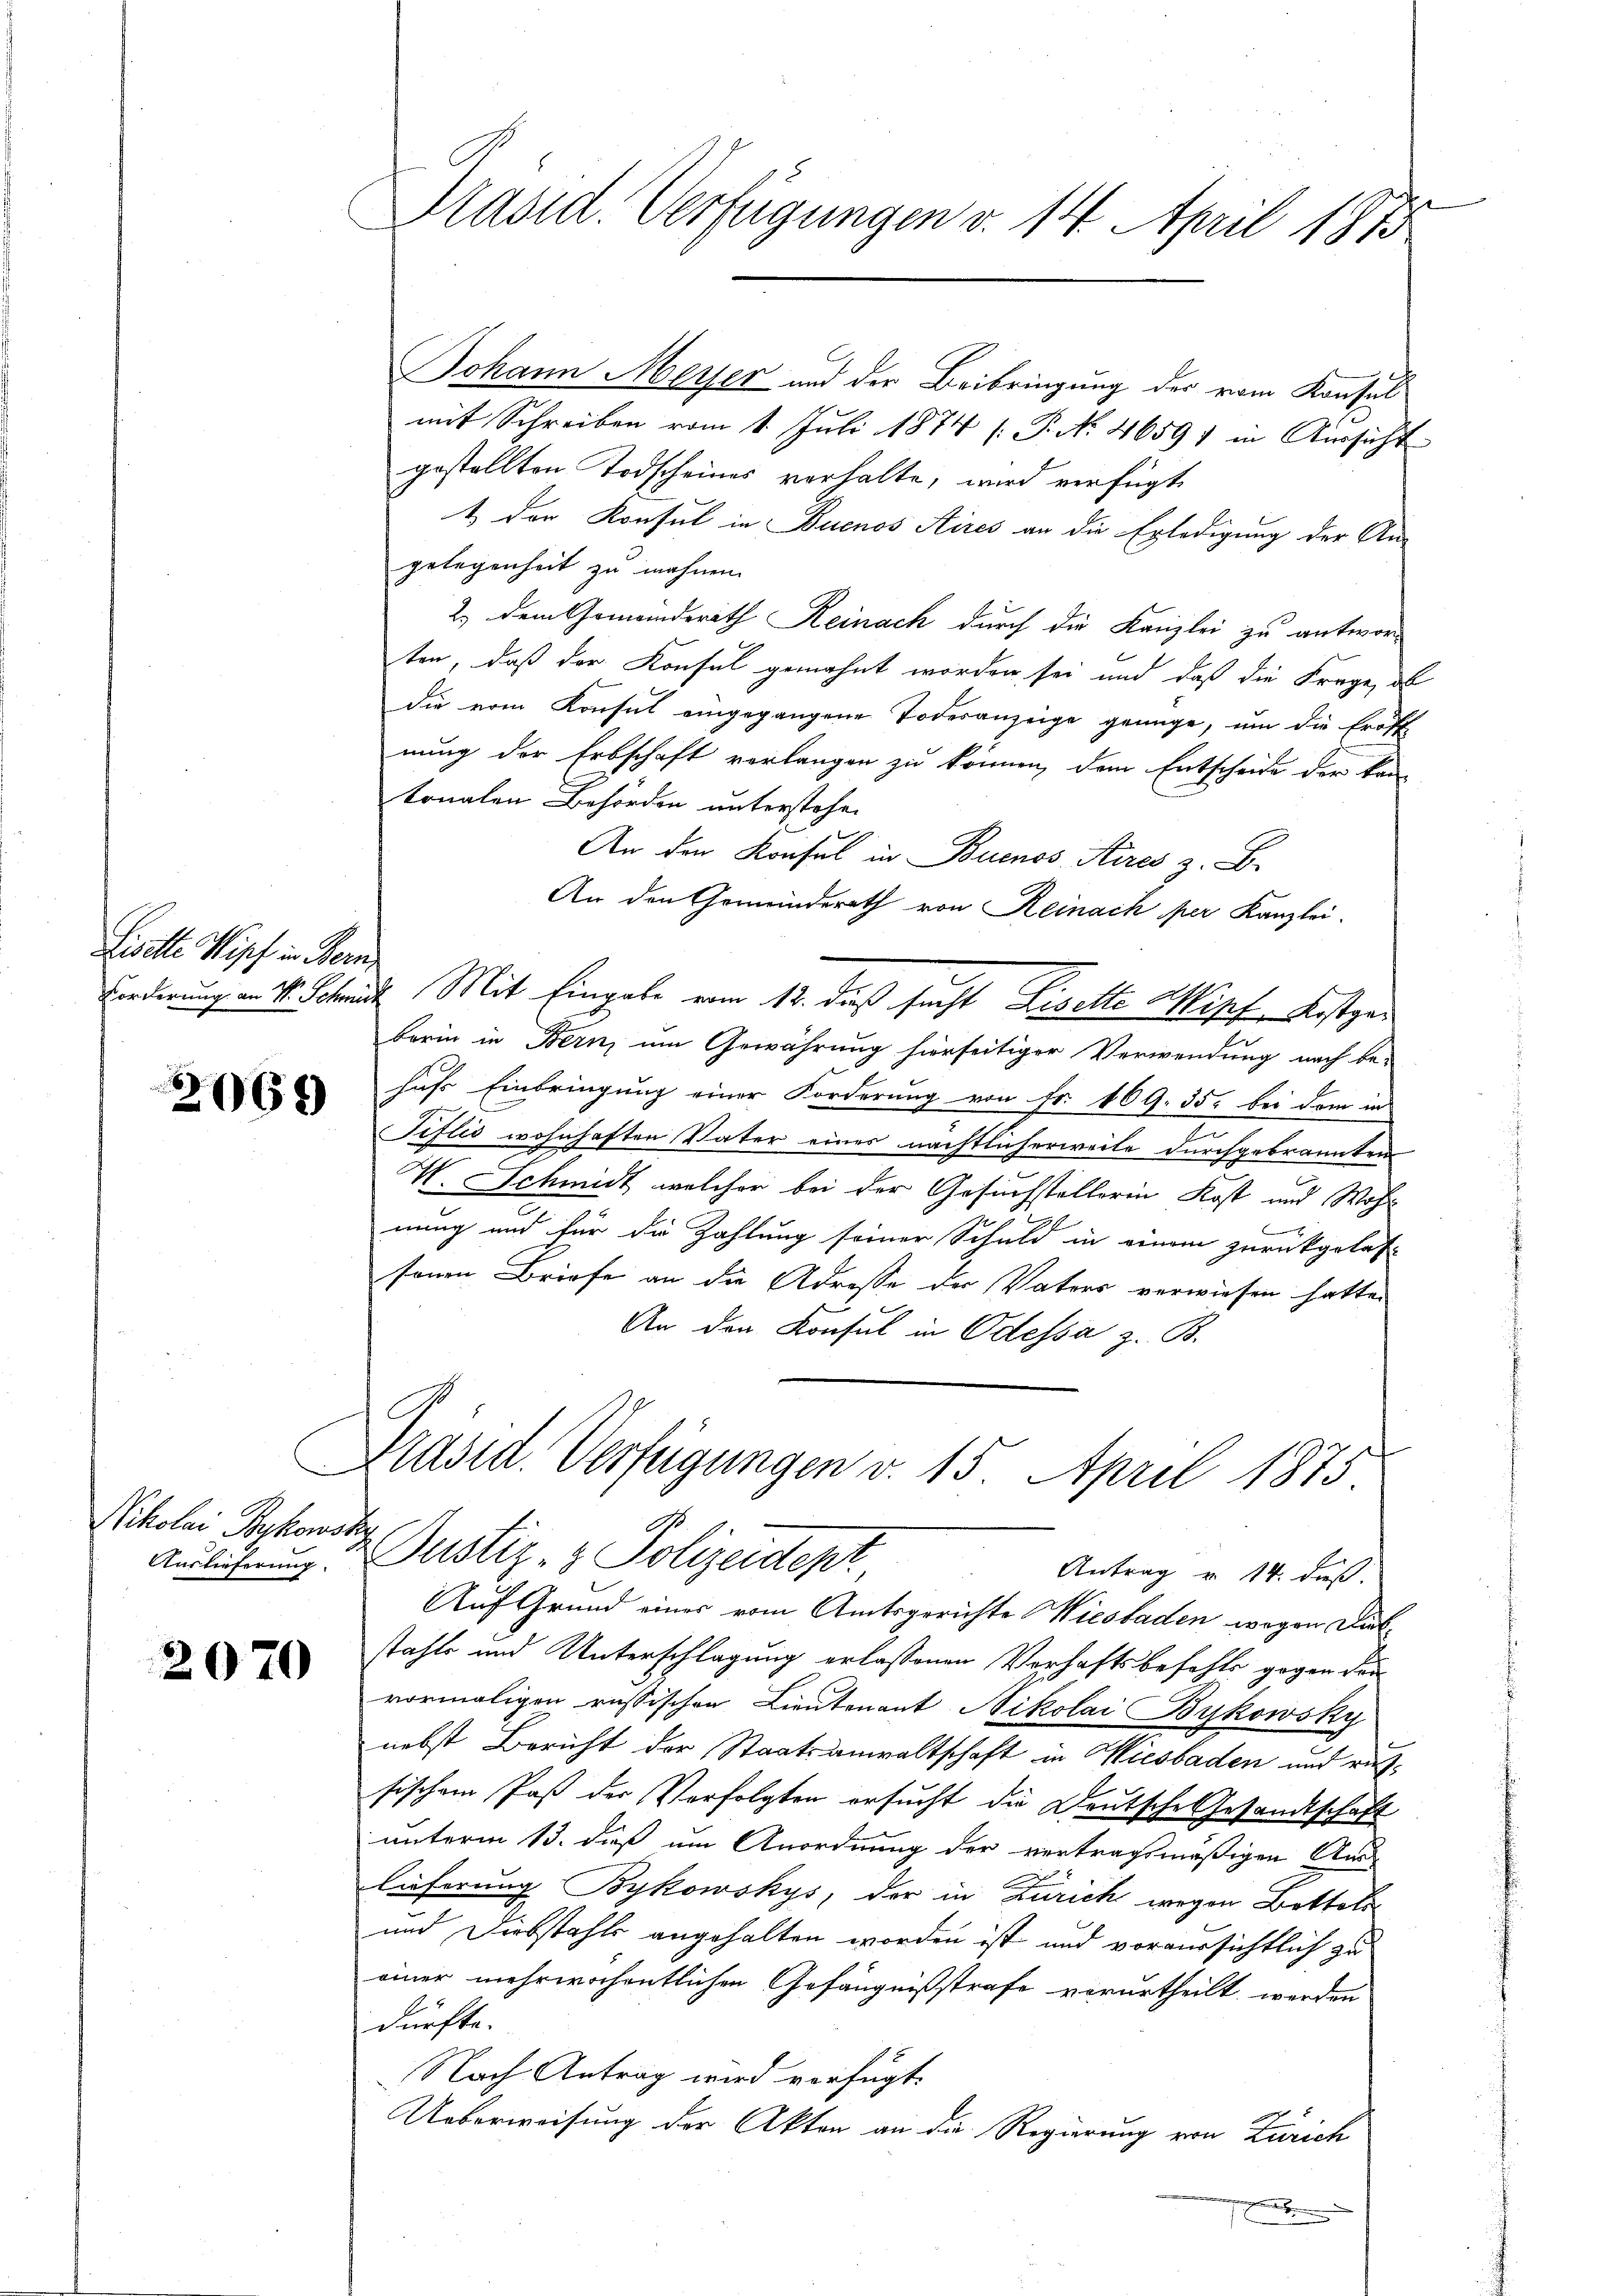
Liselte Wipf in Bern

2069

Nikolai Bukowski
Auslieferung.

2070

Johann Meyer und der Beibringung der vom Konsul
mit Schreiben vom 1. Juli 1874 (: P. N. 4659) in Aussicht
gestellten Todscheines verhalte, wird verfügte
1 den Konsul in Buenos Aires an die Erledigung der An-
gelegenheit zu mahnen.
2.) Dem Gemeindsrath Reinach durch die Kanzlei zu antworten, daß der Konsul gemahnt worden sei und daß die Frage, de
die vom Konsul eingegangene Todesanzeige genüge, um die Eröffnung der Erbschaft verlangen zu können, dem Entscheide der kan
tonalen Behörden unterstehen
An den Konsul in Buenos Aires z. B.
An den Gemeinderath von Reinach per Kanzlei-
Forderung an M. Schraut Mit Eingabe vom 13. daß sucht Liselte Wipf Kostges
berin in Bern, um Gewährung hierseitiger Verwendung nach be-
hufs Einbringung einer Forderung von Fr. 169. 35. bei dem in
Tiflić wohnhaften Vater eines nächtlicherweile durchgebrannten
V. Schmidt, welcher bei der Gesuchstellerin Kost und Wohn
nung und für die Zahlung seiner Schuld in einem zurückgelas
sonen Briefe an die Adresse der Vaters verwiesen hatte.
An den Konsul in Odessa z. B.
Präsid. Verfügungen v. 15. April 1875
Justiz- & Polizeidept
Antrag v. 14. daß.
Auf Grund eines vom Amtsgerichte Wiesbaden wegen Diebstahls und Unterschlagung erlaßenen Verhaftsbefehle gegen den
vormaligen russischen Lieutenant Nikolai Bykowsky
nebst Bericht der Staatsanwaltschaft in Wiesbaden und russischem Paß der Verfolgten ersucht die Deutsche Gesandtschaft
unterm 13. daß um Anordnung der vertragsmäßigen Aus-
lieferung Bykowskys, der in Zürich wegen Bettali
und Diebstahls angehalten worden ist und voraussichtlich zu
einer mehrwöchentlichen Gefängnißstrafe verurtheilt werden
dürfte.
Nach Antrag wird verfügt.
Ueberweisung der Akten an die Regierung von Zürich

Präsid. Verfügungen v. 14. April 1873